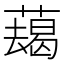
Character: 𦿋